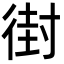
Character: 𫹚